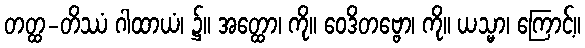
တတ္ထ-တိဿံ ဂါထာယံ၊ ၌။ အတ္ထော၊ ကို။ ဝေဒိတဗ္ဗော၊ ကို။ ယသ္မာ၊ ကြောင့်။